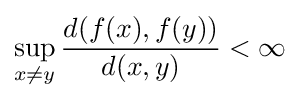
\sup _{x\neq y}{\frac {d(f(x),f(y))}{d(x,y)}}<\infty